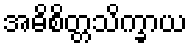
အဓိစိတ္တသိက္ခာယ